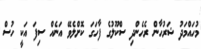
މުހައްމަދު ޝަރުހާން ރެހެންދި ސްކޫލުގެ ފާހަގަ ކޮށްލެވޭ އަނެއް ސިފަ އަކީ ހުސް